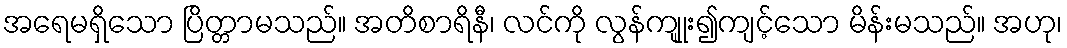
အရေမရှိသော ပြိတ္တာမသည်။ အတိစာရိနီ၊ လင်ကို လွန်ကျုူး၍ကျင့်သော မိန်းမသည်။ အဟု၊